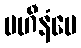
ပဟီနံပေ